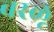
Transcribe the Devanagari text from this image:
बरळू